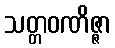
သတ္တဝဏိဇ္ဇာ